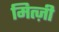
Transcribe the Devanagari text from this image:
मित्ज़ी